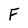
Character: F